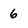
Character: 6